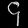
Digit: ၄